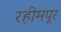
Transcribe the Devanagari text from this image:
रहीमपूर